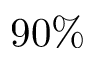
9 0 \%